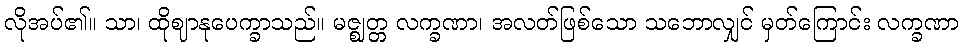
လိုအပ်၏။ သာ၊ ထိုဈာနုပေက္ခာသည်။ မဇ္ဈတ္တ လက္ခဏာ၊ အလတ်ဖြစ်သော သဘောလျှင် မှတ်ကြောင်း လက္ခဏာ